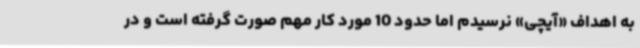
به اهداف «آیچی» نرسیدم اما حدود 10 مورد کار مهم صورت گرفته است و در